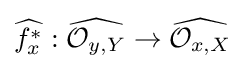
{\widehat {f_{x}^{*}}}:{\widehat {{\mathcal {O}}_{y,Y}}}\to {\widehat {{\mathcal {O}}_{x,X}}}